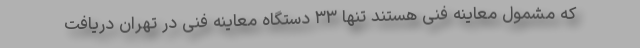
که مشمول معاینه فنی هستند تنها ۳۳ دستگاه معاینه فنی در تهران دریافت